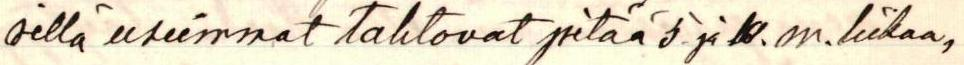
sillä useimmat tahtovat pitää 5 ja 10. m. liikaa,